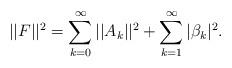
LaTeX: \begin{align*} ||F||^2 = \sum_{k=0}^{\infty}||A_k||^2 + \sum_{k=1}^{\infty}|\beta_k|^2 .\end{align*}